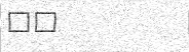
٣١